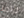
لزاما